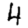
Digit: 4